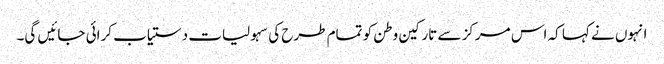
انہوں نے کہا کہ اس مرکز سے تارکین وطن کو تمام طرح کی سہولیات دستیاب کرائی جائیں گی۔